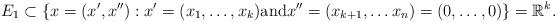
LaTeX: \begin{align*} E_1 \subset \{ x = ( x' , x'' ) : x' = (x_1, \dots, x_k ) \mbox{and} x'' = (x_{k+1}, \dots x_n ) = (0, \dots, 0) \} = \mathbb{R}^k. \end{align*}